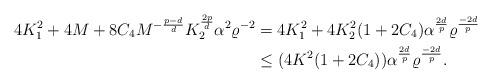
LaTeX: \begin{align*}4K_1^2+4M+8C_4M^{-\frac{p-d}{d}}K_2^{\frac{2p}{d}}\alpha^2\varrho^{-2}& =4K_1^2+4K_2^2(1+2C_4)\alpha^{\frac{2d}{p}}\varrho^{\frac{-2d}{p}}\\& \le (4K^2(1+2C_4))\alpha^{\frac{2d}{p}}\varrho^{\frac{-2d}{p}}.\end{align*}